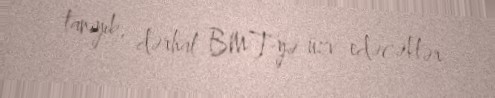
tanıyıb, dərhal BMT-yə üzv edəcəklər.